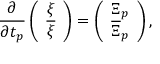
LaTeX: \frac { \partial } { \partial t _ { p } } \left( \begin{array} { c c } { { \xi } } \\ { { { \overline { { \xi } } } } } \end{array} \right) = \left( \begin{array} { c c } { { { \Xi } _ { p } } } \\ { { { \overline { { \Xi } } } _ { p } } } \end{array} \right) ,